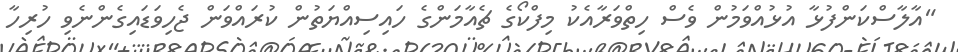
"އާލާސްކަންފުޅާ އުޅުއްވަމުން ވެސް ހިތްވަރާއެކު މިފްކޯގެ ޗެއާމަންގެ ހައިސިއްޔަތުން ކުރައްވަން ޖެހިވަޑައިގެންނެވި ހުރިހާ